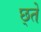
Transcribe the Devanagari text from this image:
छ्तें